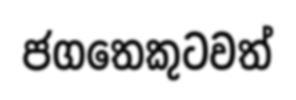
ජගතෙකුටවත්